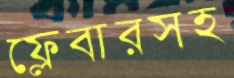
ফ্লেবারসহ